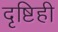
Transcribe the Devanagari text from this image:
दृष्टिही